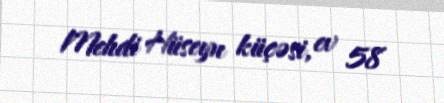
Mehdi Hüseyn küçəsi, ev 58